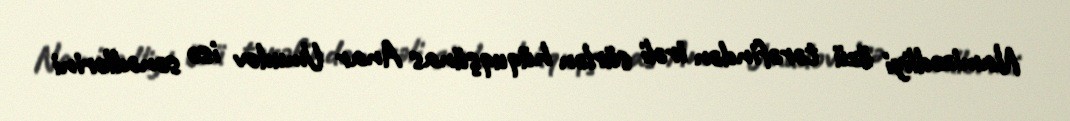
Namizədliyi özü tərəfindən irəli sürlən hüquqşünas Anar Umudov isə sənədlərini